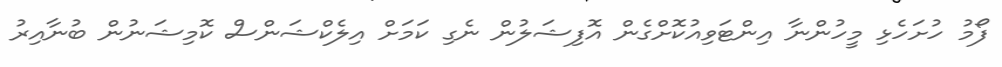
ފޯމު ހުށަހެޅި މީހުންނާ އިންޓަވިއުކޮށްގެން އޮފިޝަލުން ނެގި ކަމަށް އިލެކްޝަންސް ކޮމިޝަނުން ބުނާއިރު